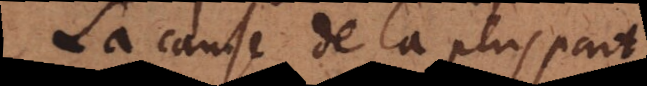
La cause de la pluspart